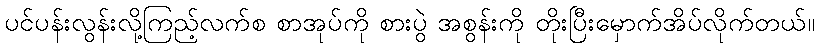
ပင်ပန်းလွန်းလို့ကြည့်လက်စ စာအုပ်ကို စားပွဲ အစွန်းကို တိုးပြီးမှောက်အိပ်လိုက်တယ်။